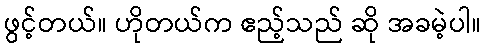
ဖွင့်တယ်။ ဟိုတယ်က ဧည့်သည် ဆို အခမဲ့ပါ။